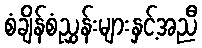
စံချိန်စံညွှန်းများနှင့်အညီ